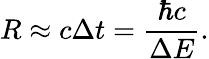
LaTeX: R\approx c\Delta t=\frac{\hbar c}{\Delta E}.